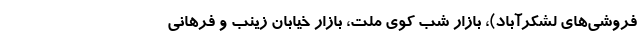
فروشی‌های لشکرآباد)، بازار شب کوی ملت، بازار خیابان زینب و فرهانی